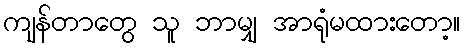
ကျန်တာတွေ သူ ဘာမျှ အာရုံမထားတော့။